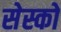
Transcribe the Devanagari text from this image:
सेस्को